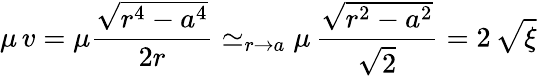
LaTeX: \mu\, v=\mu\frac{\sqrt{r^{4}-a^{4}}}{2r}\simeq_{r\to a}\mu\, \frac{\sqrt{r^{2}-a^{2}}}{\sqrt{2}}=2\, \sqrt{\xi}